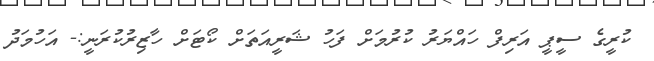
ކުރީގެ ސީޕީ އަރިފް ހައްޔަރު ކުރުމަށް ފަހު ޝަރީއަތަށް ކޯޓަށް ހާޒިރުކުރަނީ:- އަހުމަދު